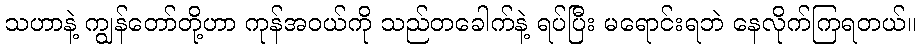
သဟာနဲ့ ကျွန်တော်တို့ဟာ ကုန်အဝယ်ကို သည်တခေါက်နဲ့ ရပ်ပြီး မရောင်းရဘဲ နေလိုက်ကြရတယ်။